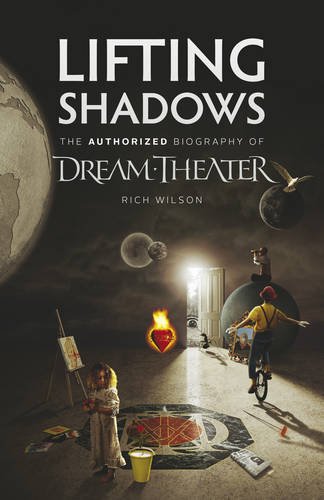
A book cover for Lifting Shadows the Authorized Biography of Dream Theater; Rich Wilson; Biographies & Memoirs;